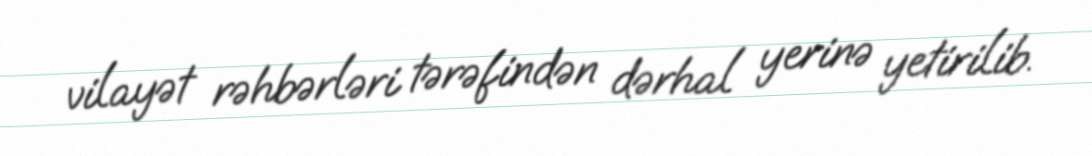
vilayət rəhbərləri tərəfindən dərhal yerinə yetirilib.